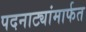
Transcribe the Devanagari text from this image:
पदनाट्यांमार्फत